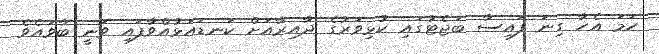
ހަމަ އެހާ ގިނަ ފައިސާ ބަޖެޓުގައި ކުޅިވަރުގެ ދާއިރާއަށް ކަނޑައަޅުއްވާފައި ވަނީ ބާވައެވެ